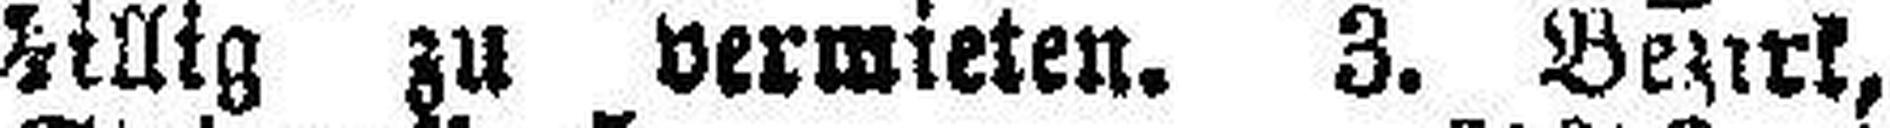
Billig zu vermieten. 3. Bezirk,